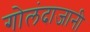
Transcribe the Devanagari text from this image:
गोलंदाजानी